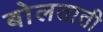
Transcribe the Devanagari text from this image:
बोलताती